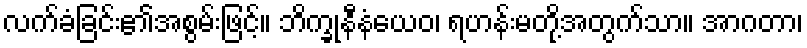
လက်ခံခြင်း၏အစွမ်းဖြင့်။ ဘိက္ခုနီနံယေဝ၊ ရဟန်းမတို့အတွက်သာ။ အာဂတာ၊